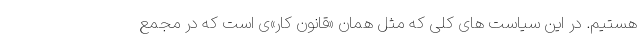
هستیم. در این سیاست های کلی که مثل همان «قانون کار»ی است که در مجمع